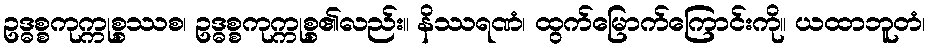
ဥဒ္ဓစ္စကုက္ကုစ္စဿစ၊ ဥဒ္ဓစ္စကုက္ကုစ္စ၏လည်း။ နိဿရဏံ၊ ထွက်မြောက်ကြောင်းကို။ ယထာဘူတံ၊